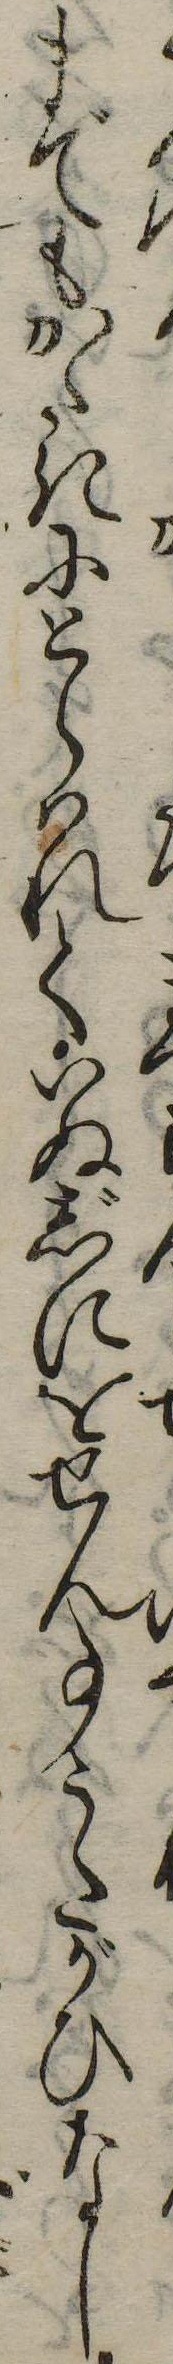
までもかたきにとらはれていぬじにをせん事うたがひなし